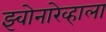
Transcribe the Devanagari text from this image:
झ्वोनारेव्हाला